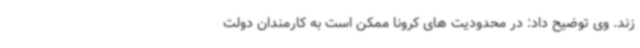
زند. وی توضیح داد: در محدودیت های کرونا ممکن است به کارمندان دولت